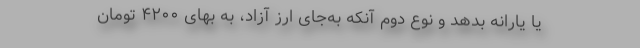
یا یارانه بدهد و نوع دوم آنکه به‌جای ارز آزاد، به بهای ۴۲۰۰ تومان